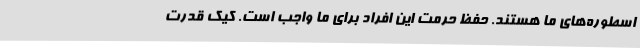
اسطوره‌های ما هستند. حفظ حرمت این افراد برای ما واجب است. کیک قدرت